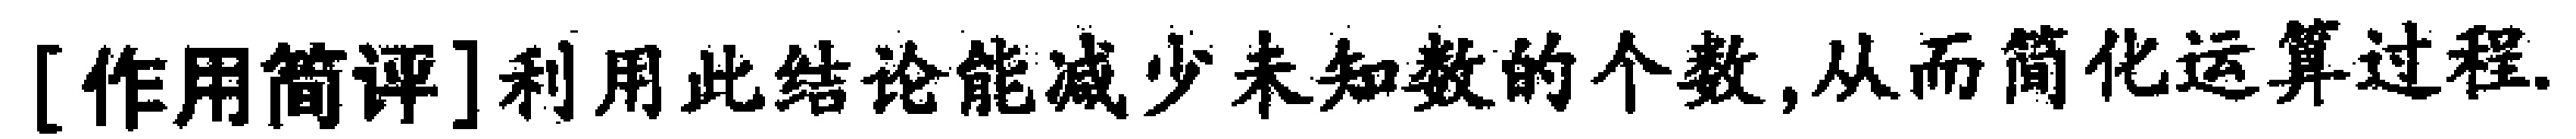
[作用简评]利用此结论能减少未知数的个数,从而简化运算过程.